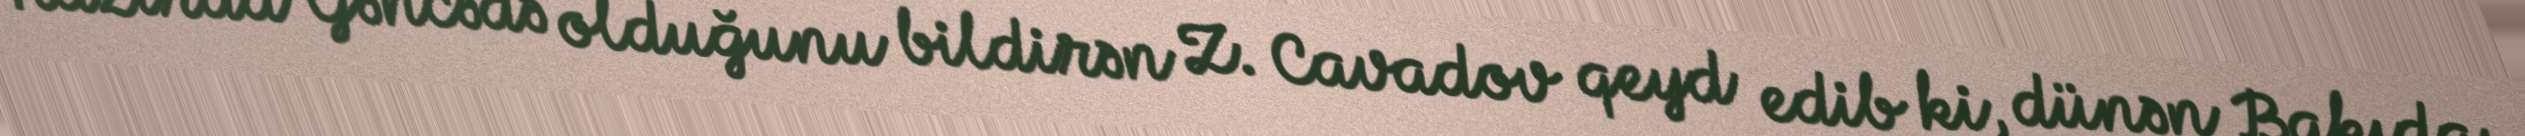
Hazırda Gəncədə olduğunu bildirən Z. Cavadov qeyd edib ki, dünən Bakıda